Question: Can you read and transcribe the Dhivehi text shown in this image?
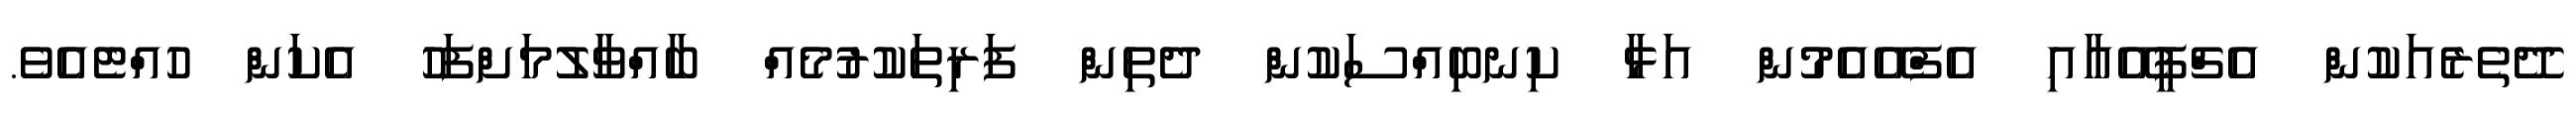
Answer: ދޭތެރެއަކުން އެޗްޕީއޭއާއި އެފްއޭއެމުން އަޅާ ކިނބިއްސަކުން ދެތިން ފަރިތަކުރުމެއް ބާއްވާލުމަށްފަހު އެކަން ހުއްޓެއެވެ.